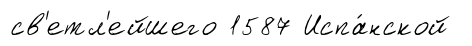
св'етл'ейшего 1587 Испа́нской